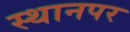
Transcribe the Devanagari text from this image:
स्‍थानपर